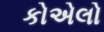
કોએલો